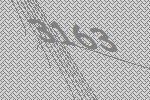
3163